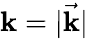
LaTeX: \mathbf{k}=|{\vec{{\mathbf{k}}}}|